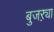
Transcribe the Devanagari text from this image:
बुजऱ्या